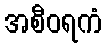
အစီဝရကံ